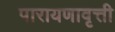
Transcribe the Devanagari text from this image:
पारायणावृत्ती